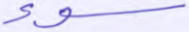
سوء